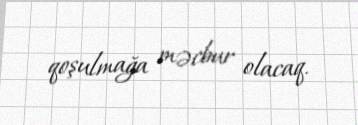
qoşulmağa məcbur olacaq.